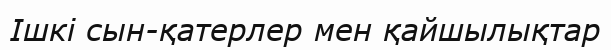
Ішкі сын-қатерлер мен қайшылықтар